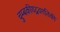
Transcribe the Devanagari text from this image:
चुम्बकीयद्रवगतिकी